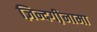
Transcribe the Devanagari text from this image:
ज़िन्दगी़नामा